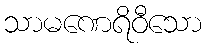
သာမဏေရိဝီသော